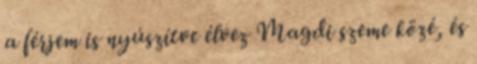
a férjem is nyúszítve élvez Magdi szeme közé, és